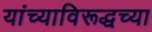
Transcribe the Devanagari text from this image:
यांच्याविरूद्धच्या